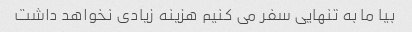
بیا ما به تنهایی سفر می کنیم هزینه زیادی نخواهد داشت